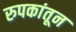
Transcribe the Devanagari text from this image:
रुपकांतून